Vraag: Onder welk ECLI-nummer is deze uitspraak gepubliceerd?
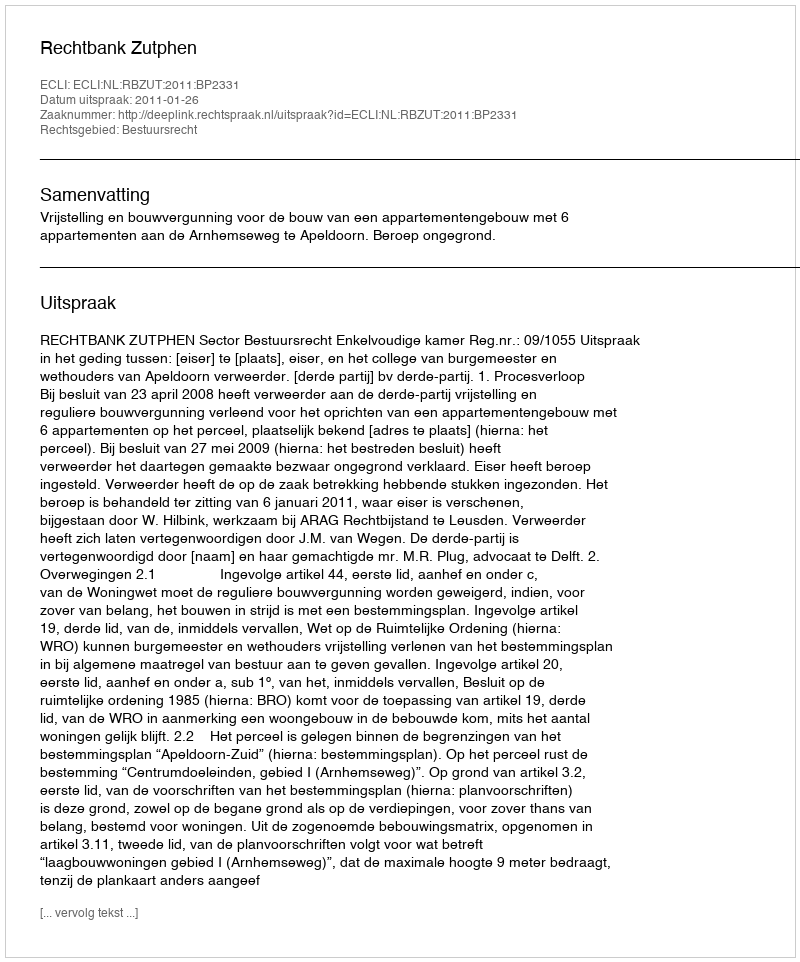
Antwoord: ECLI:NL:RBZUT:2011:BP2331